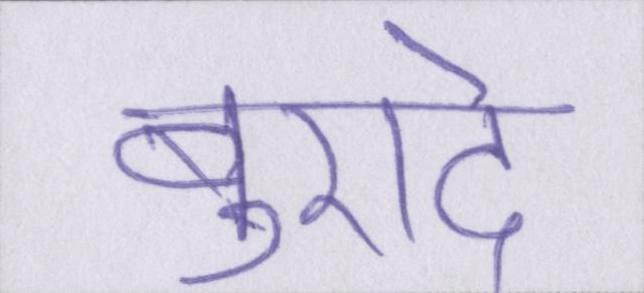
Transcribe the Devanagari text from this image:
बुरादे